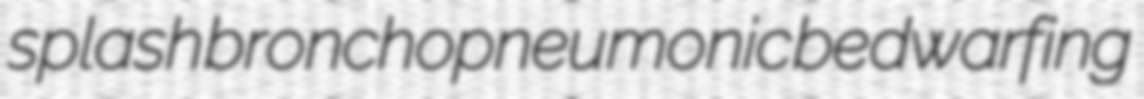
splash bronchopneumonic bedwarfing